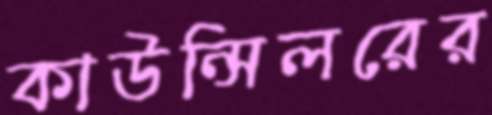
কাউন্সিলরের